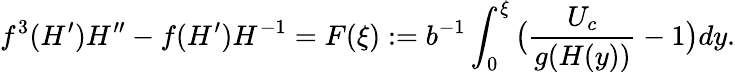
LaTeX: f^{3}(H^{\prime})H^{\prime\prime}-f(H^{\prime})H^{-1}=F(\xi):=b^{-1}\int_{0}^{\xi}{\bigl(\frac{U_{c}}{g(H(y))}-1\bigr)dy}.